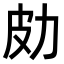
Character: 𠡄